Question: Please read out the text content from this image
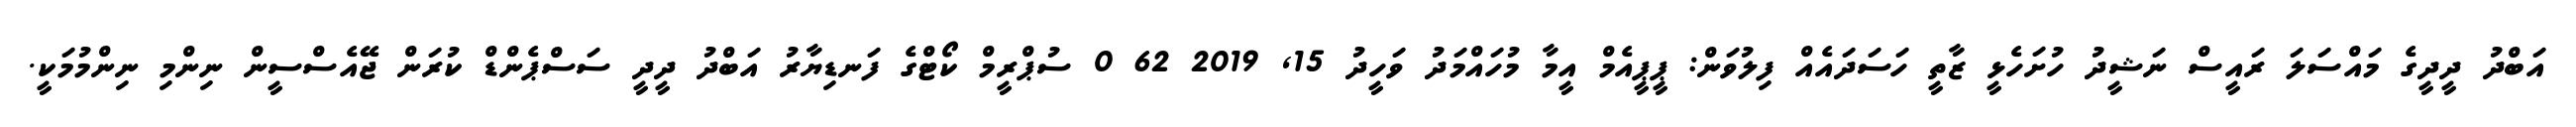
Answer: އަބްދު ދީދީގެ މައްސަލަ ރައީސް ނަޝީދު ހުށަހެޅީ ޒާތީ ހަސަދައެއް ފިލުވަން: ޕީޕީއެމް އީމާ މުހައްމަދު ވަހީދު 15, 2019 62 0 ސުޕްރީމް ކޯޓްގެ ފަނޑިޔާރު އަބްދު ދީދީ ސަސްޕެންޑް ކުރަން ޖޭއެސްސީން ނިންމި ނިންމުމަކީ.